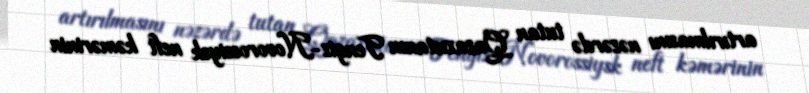
artırılmasını nəzərdə tutan Qazaxıstanın Tengiz-Novorossiysk neft kəmərinin